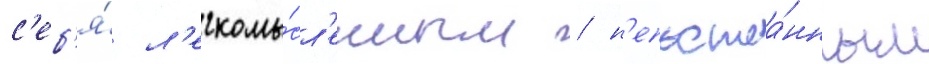
с'еб'я́ л'егкомы́сл'енным / н'епостоа́нным